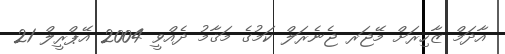
އާދަމް ޒާހިރަށް މޭޖަރ ޖެނެރަލް ކަމުގެ މަޤާމު ދެއްވީ 2004 އޭޕްރީލް 21